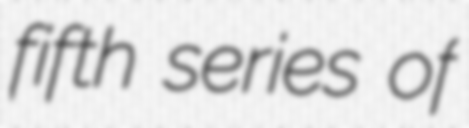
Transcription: fifth series of